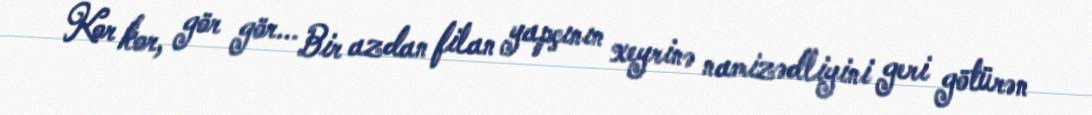
Kor kor, gör gör... Bir azdan filan yapçının xeyrinə namizədliyini geri götürən